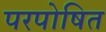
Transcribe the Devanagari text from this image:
परपोषित